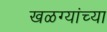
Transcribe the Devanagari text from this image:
खळग्यांच्या